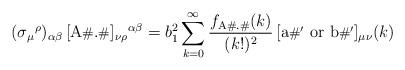
LaTeX: \begin{align*}(\sigma_{\mu}{}^{\rho})_{\alpha\beta}\,[\mbox{A{\footnotesize\#}.{\footnotesize\#}}]_{\nu\rho}{}^{\alpha\beta} = b_1^2 \sum_{k=0}^\infty \frac{f_{\mathrm{A\#.\#}}(k)}{(k!)^2} \,[\mbox{a{\footnotesize\#$'$} or b{\footnotesize\#$'$}}]_{\mu\nu}(k)\end{align*}